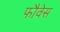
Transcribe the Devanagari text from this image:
फौवेस